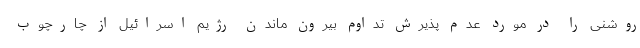
روشنی را در مورد عدم پذیرش تداوم بیرون ماندن رژیم اسرائیل از چارچوب